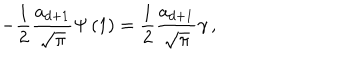
- \frac 1 2 \frac { a _ { d + 1 } } { \sqrt { \pi } } \Psi \left( 1 \right) = \frac 1 2 \frac { a _ { d + 1 } } { \sqrt { \pi } } \gamma \, ,